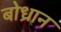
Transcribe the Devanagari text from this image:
बोध्रान